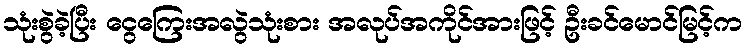
သုံးစွဲခဲ့ပြီး ငွေကြေးအလွဲသုံးစား အလုပ်အကိုင်အားဖြင့် ဦးခင်မောင်မြင့်က